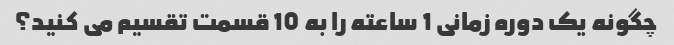
چگونه یک دوره زمانی 1 ساعته را به 10 قسمت تقسیم می کنید؟